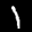
Label: 1